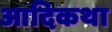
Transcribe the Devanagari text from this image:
आदिकथा